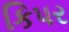
કિપર